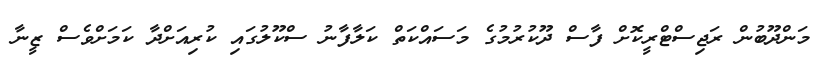
މަންދޫބުން ރަޖިސްޓްރީކޮށް ފާސް ދޫކުރުމުގެ މަސައްކަތް ކަލާފާނު ސްކޫލުގައި ކުރިއަށްދާ ކަމަށްވެސް ޒީނާ